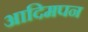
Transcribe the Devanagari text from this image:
आदिमपन